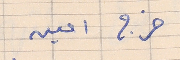
خرج امين